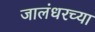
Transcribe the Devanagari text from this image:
जालंधरच्या